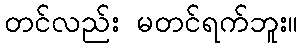
တင်လည်း မတင်ရက်ဘူး။